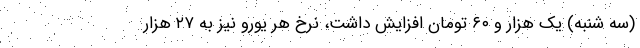
(سه شنبه) یک هزار و ۶۰ تومان افزایش داشت، نرخ هر یورو نیز به ۲۷ هزار